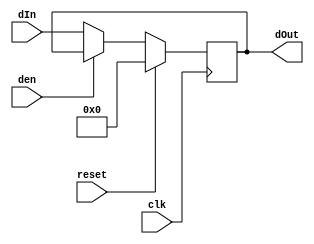
module Reg #(parameter width = 32)
   (input clk,reset,den,
    input [width-1 : 0]     dIn,
    output reg [width-1 :0] dOut);
   always @(posedge clk )
     begin
        if(reset)
          dOut <= 0;
        else
          if(!den)
            dOut <= dIn;
     end
endmodule // Reg

module PC (input clk,reset,denPC,
           input [31 :0]     dIn,
           output reg [31:0] dOut);
   always @(posedge clk or posedge reset)
     begin
        if(reset)
          dOut <= 32'h0000_3000;
        else
          if(!denPC)
            dOut <= dIn;
     end
endmodule // PC